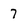
Character: 7